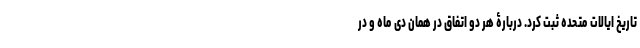
تاریخ ایالات متحده ثبت کرد. دربارۀ هر دو اتفاق در همان دی ماه و در